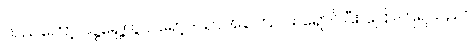
သည်တော့ သူ့ရှေ့တွင် ရော့ဒ်ယာအကြောင်း ရှောင်ပြီး ပြောကြရသည်။